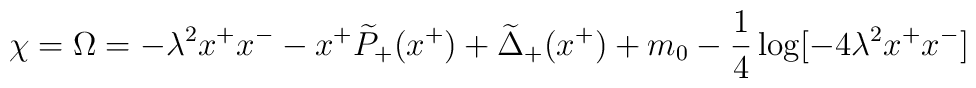
\chi=\Omega=-\lambda^2 x^+ x^- -x^+ \widetilde{P}_+(x^+)+\widetilde{\Delta}_+(x^+) +m_0 -{1\over4}\log[-4\lambda^2x^+x^-]